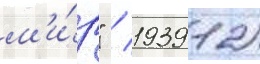
м'и́р" / 1939 12)